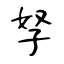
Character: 孥